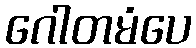
ဂေါတမံပေ